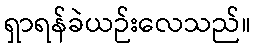
ရှာရန်ခဲယဉ်းလေသည်။